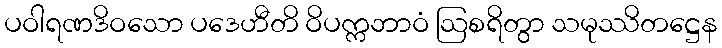
ပဝါရဏဒိဝသော ပဒေဟီတိ ဝိပက္ကဘာဝံ ဩစရိတွာ သမုဿိတဋ္ဌေန